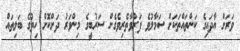
ވަރަށް އާދައިގެ ކަންތައްތަކަށް ސަމާލުވެ ފަރުވާތެރިވެގެން ސަރުބީގެ މިންވަރު ދަށްކޮށް ހިތުގެ ބަލިތައް